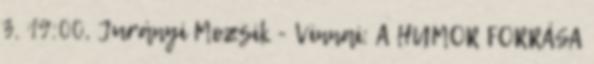
3. 19:00, Jurányi Mozsik - Vinnai: A HUMOR FORRÁSA